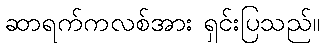
ဆာရက်ကလစ်အား ရှင်းပြသည်။